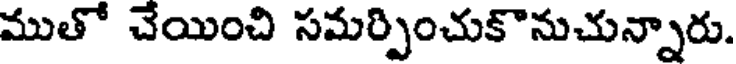
ముతో చేయించి సమర్పించుకొనుచున్నారు.